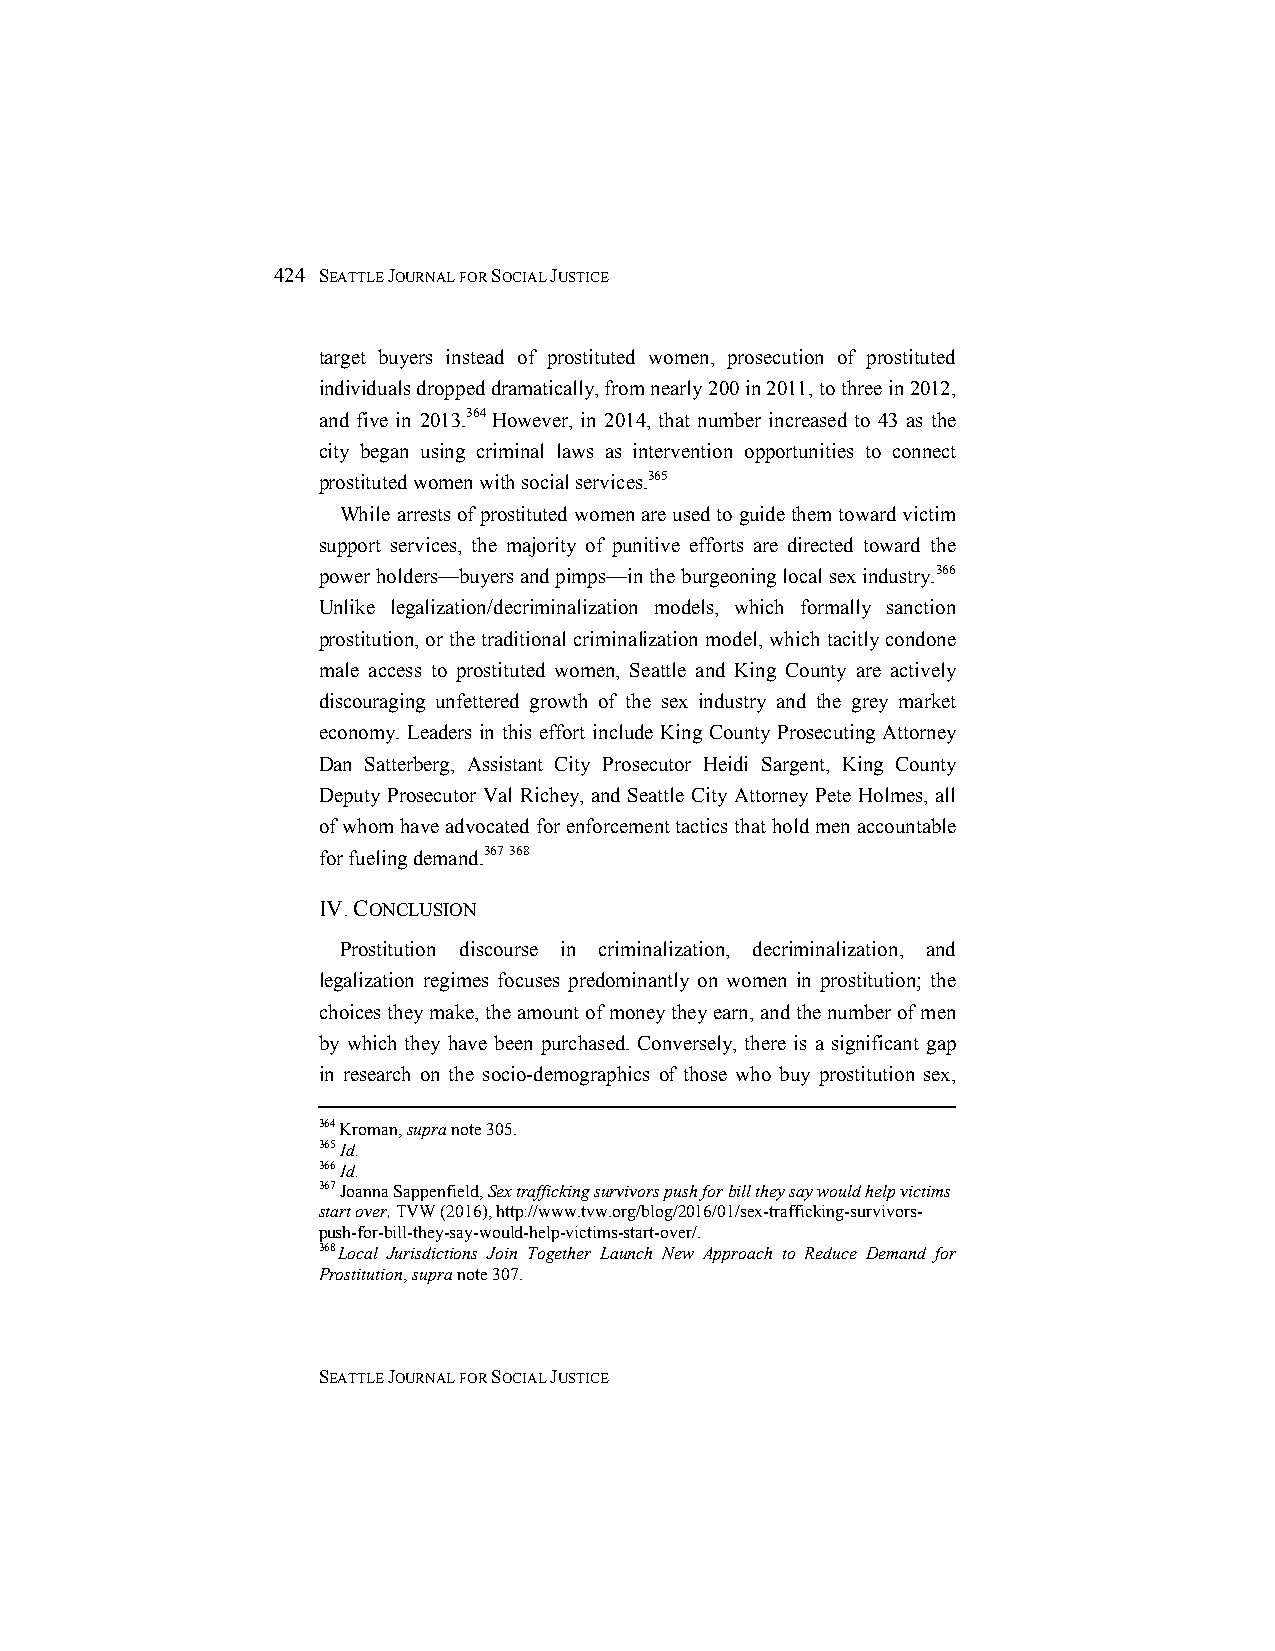
424 SEATTLE JOURNAL FOR SOCIAL JUSTICE
 target buyers instead of prostituted women, prosecution of prostituted
 individuals dropped dramatically, from nearly 200 in 2011, to three in 2012,
 and five in 2013.364 However, in 2014, that number increased to 43 as the
 city began using criminal laws as intervention opportunities to connect
 prostituted women with social services.365
 While arrests of prostituted women are used to guide them toward victim
 support services, the majority of punitive efforts are directed toward the
 power holders—buyers and pimps—in the burgeoning local sex industry.366
 Unlike legalization/decriminalization models, which formally sanction
 prostitution, or the traditional criminalization model, which tacitly condone
 male access to prostituted women, Seattle and King County are actively
 discouraging unfettered growth of the sex industry and the grey market
 economy. Leaders in this effort include King County Prosecuting Attorney
 Dan Satterberg, Assistant City Prosecutor Heidi Sargent, King County
 Deputy Prosecutor Val Richey, and Seattle City Attorney Pete Holmes, all
 of whom have advocated for enforcement tactics that hold men accountable
 for fueling demand.367 368
 IV. CONCLUSION
 Prostitution discourse in criminalization, decriminalization, and
 legalization regimes focuses predominantly on women in prostitution; the
 choices they make, the amount of money they earn, and the number of men
 by which they have been purchased. Conversely, there is a significant gap
 in research on the socio-demographics of those who buy prostitution sex,
 364 Kroman, supra note 305.
 365 Id.
 366 Id.
 367 Joanna Sappenfield, Sex trafficking survivors push for bill they say would help victims
 start over, TVW (2016), http://www.tvw.org/blog/2016/01/sex-trafficking-survivors-
 push-for-bill-they-say-would-help-victims-start-over/.
 368Local Jurisdictions Join Together Launch New Approach to Reduce Demand for
 Prostitution, supra note 307.
 SEATTLE JOURNAL FOR SOCIAL JUSTICE